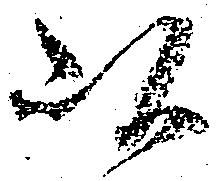
以